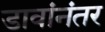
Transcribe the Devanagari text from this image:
डावांनंतर